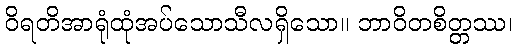
ဝိရတိအာရုံထုံအပ်သောသီလရှိသော။ ဘာဝိတစိတ္တဿ၊